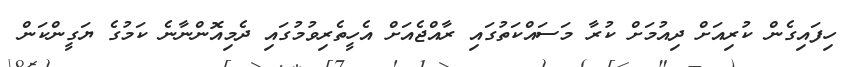
ހިފައިގެން ކުރިއަށް ދިއުމަށް ކުރާ މަސައްކަތުގައި ރާއްޖެއަށް އެހީތެރިވުމުގައި ދެމިއޮންނާނެ ކަމުގެ ޔަގީންކަން